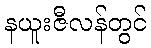
နယူးဇီလန်တွင်